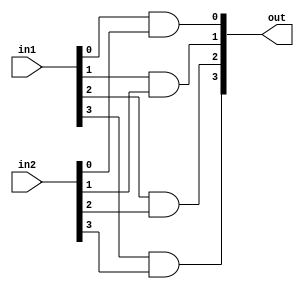
module and_4(out,in1,in2);
	input[3:0] in1,in2;
	output[3:0] out;
	and and1(out[0],in1[0],in2[0]);
	and and2(out[1],in1[1],in2[1]);
	and and3(out[2],in1[2],in2[2]);
	and and4(out[3],in1[3],in2[3]);
endmodule